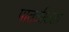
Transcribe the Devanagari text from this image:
पातळीतला